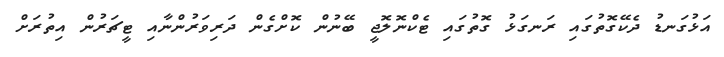
އަޅުގަނޑު ދެކޭގޮތުގައި ރަނގަޅު ގޮތުގައި ޓެކްނޮލޮޖީ ބޭނުން ކޮށްގެން ދަރިވަރުންނާއި ޓީޗަރުން އިތުރަށް